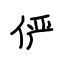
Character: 俨